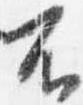
不